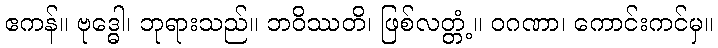
ဧကန်။ ဗုဒ္ဓေါ၊ ဘုရားသည်။ ဘဝိဿတိ၊ ဖြစ်လတ္တံ့။ ဝဂဏာ၊ ကောင်းကင်မှ။